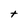
Character: t